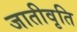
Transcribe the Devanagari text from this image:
जातीवृति